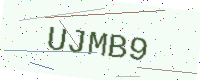
Text: UJMB9